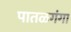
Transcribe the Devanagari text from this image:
पातळगंगा